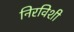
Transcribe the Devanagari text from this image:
निरविशी